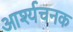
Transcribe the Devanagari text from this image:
आर्श्यचनक